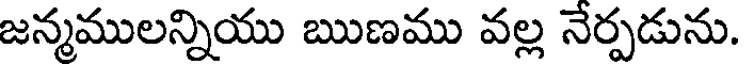
జన్మములన్నియు ఋణము వల్ల నేర్పడును.